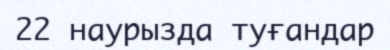
22 наурызда туғандар